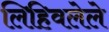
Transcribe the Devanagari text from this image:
लिहिवलेले